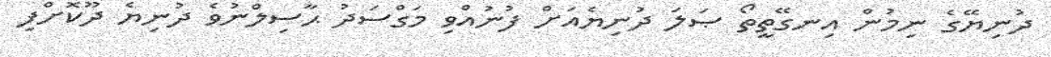
ދުނިޔޭގެ ނިމުން އިނގޭތީތޯ ޞަލަ ދުނިޔެއަށް ފުނުއްވި މަގްސަދު ޙާސިލްނުވެ ދުނިޔެ ދޫކޮށްފި